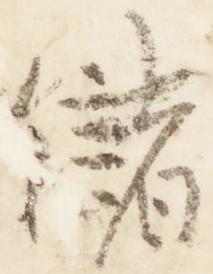
儲